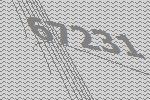
67231